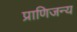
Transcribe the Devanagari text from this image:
प्राणिजन्य